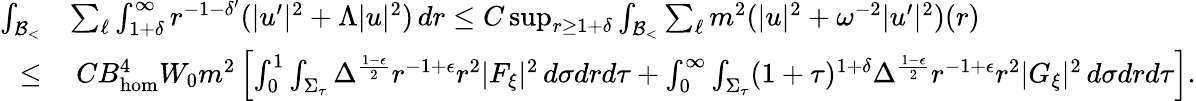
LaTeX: \begin{array}{rl}{\int_{\mathcal{B}_{<}}}&{\sum_{\ell}\int_{1+\delta}^{\infty}r^{-1-\delta^{\prime}}(|u^{\prime}|^{2}+\Lambda|u|^{2})\, dr\leq C\operatorname*{sup}_{r\geq 1+\delta}\int_{\mathcal{B}_{<}}\sum_{\ell}m^{2}(|u|^{2}+\omega^{-2}|u^{\prime}|^{2})(r)}\\ {\leq}&{\: CB_{\mathrm{hom}}^{4}W_{0}m^{2}\left[\int_{0}^{1}\int_{\Sigma_{\tau}}\Delta^{\frac{1-\epsilon}{2}}r^{-1+\epsilon}r^{2}|F_{\xi}|^{2}\, d\sigma drd\tau+\int_{0}^{\infty}\int_{\Sigma_{\tau}}(1+\tau)^{1+\delta}\Delta^{\frac{1-\epsilon}{2}}r^{-1+\epsilon}r^{2}|G_{\xi}|^{2}\, d\sigma drd\tau\right].}\end{array}